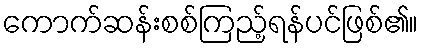
ကောက်ဆန်းစစ်ကြည့်ရန်ပင်ဖြစ်၏။